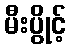
မီးပွိုင့်